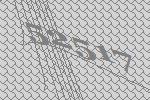
52517